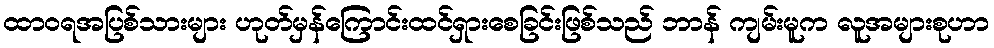
ထာဝရအပြစ်သားများ ဟုတ်မှန်ကြောင်းထင်ရှားစေခြင်းဖြစ်သည် ဘာန် ကျမ်းမူက လူအများစုဟာ